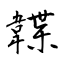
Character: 韘